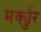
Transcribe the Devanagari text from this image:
मर्क्युर